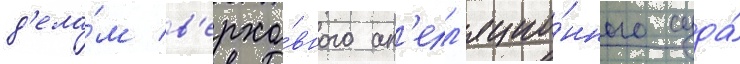
д'ела́м в'ерхо́вного ап'елл'яцио́нного суда́